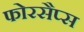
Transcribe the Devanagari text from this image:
फोरसैप्स